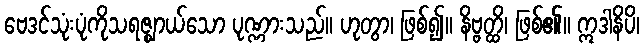
ဗေဒင်သုံးပုံကိုသရဇ္ဈာယ်သော ပုဏ္ဏားသည်။ ဟုတွာ၊ ဖြစ်၍။ နိဗ္ဗတ္ထိ၊ ဖြစ်၏။ ဣဒါနိပိ၊